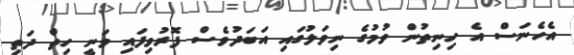
އެހެނަސް އެ ހިނިތުން ވުމުގެ ނިވަލުގައި އަބަދުވެސް ފޮރުވިފައި ވަނީ ހިތް ދަތި